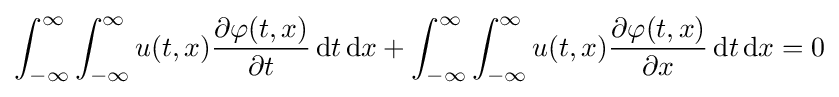
\int _{-\infty }^{\infty }\int _{-\infty }^{\infty }u(t,x){\frac {\partial \varphi (t,x)}{\partial t}}\,\mathrm {d} t\,\mathrm {d} x+\int _{-\infty }^{\infty }\int _{-\infty }^{\infty }u(t,x){\frac {\partial \varphi (t,x)}{\partial x}}\,\mathrm {d} t\,\mathrm {d} x=0